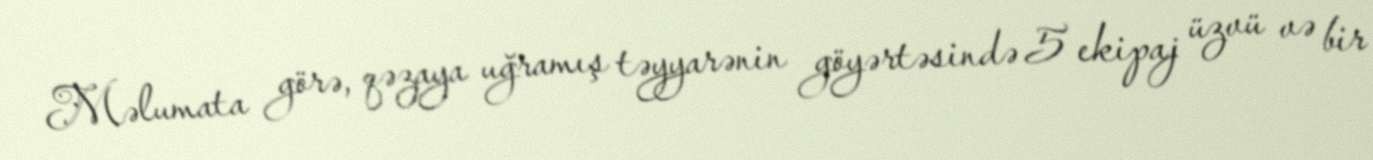
Məlumata görə, qəzaya uğramış təyyarənin göyərtəsində 5 ekipaj üzvü və bir